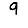
Digit: 9